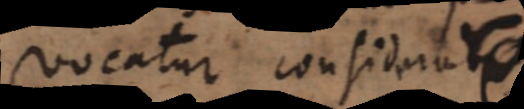
vocatur considerabis